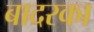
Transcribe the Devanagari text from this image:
बादरका